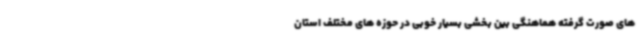
های صورت گرفته هماهنگی بین بخشی بسیار خوبی در حوزه های مختلف استان